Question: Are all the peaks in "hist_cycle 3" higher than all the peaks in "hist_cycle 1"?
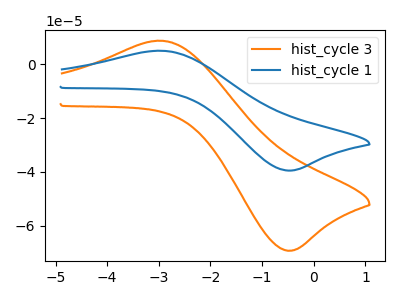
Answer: <think>The orange curve "hist_cycle 3" has an anodic peak at (-2.95V, 8.65uA) and a cathodic peak at (-0.50V, -69.20uA). The blue curve "hist_cycle 1" has an anodic peak at (-2.95V, 4.95uA) and a cathodic peak at (-0.50V, -39.50uA).</think>
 <answer>Every peak in "hist_cycle 3" is higher than every peak in "hist_cycle 1".</answer>
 <eval>higher</eval>